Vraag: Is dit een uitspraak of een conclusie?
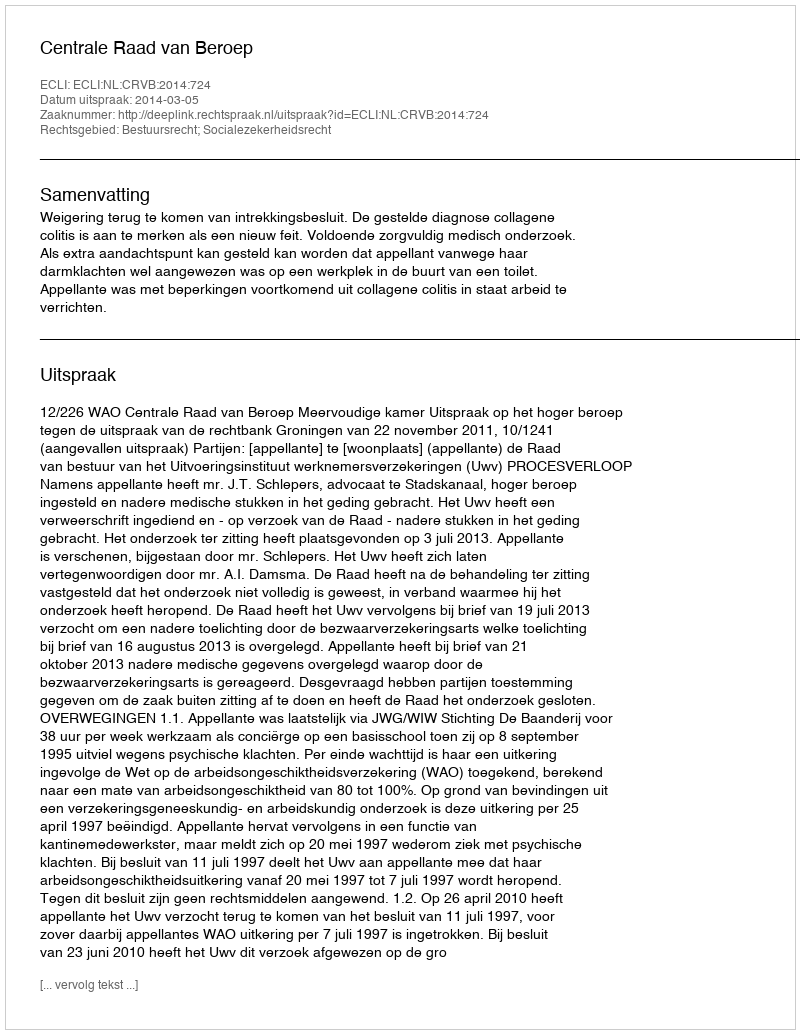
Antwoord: Uitspraak